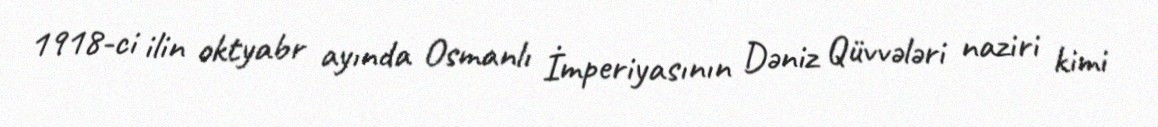
1918-ci ilin oktyabr ayında Osmanlı İmperiyasının Dəniz Qüvvələri naziri kimi